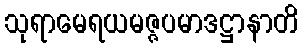
သုရာမေရယမဇ္ဇပမာဒဋ္ဌာနာတိ